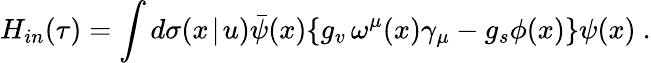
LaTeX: H_{in}(\tau)=\int d\sigma(x\! \mid\! u)\bar{\psi}(x)\{ g_{v}\, \omega^{\mu}(x)\gamma_{\mu}-g_{s}\phi(x)\} \psi(x)\mathrm{~.}